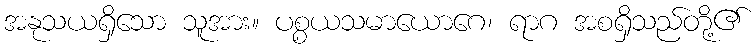
အနုသယရှိသော သူအား။ ပစ္စယသမာယောဂေ၊ ရာဂ အစရှိသည်တို့၏